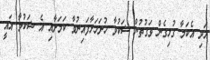
އަދި އެކަމާ ގުޅިގެން ވަގުތުން ޝަކުވާ ހުށަހަޅާފައިނުވާ ކަމަށާއި އެ ޝަކުވާ އައީ